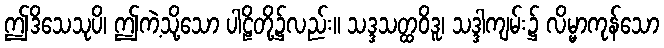
ဤဒိသေသုပိ၊ ဤကဲ့သို့သော ပါဠိတို့၌လည်း။ သဒ္ဒသတ္ထဝိဒူ၊ သဒ္ဒါကျမ်း၌ လိမ္မာကုန်သော